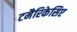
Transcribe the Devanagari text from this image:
टमैरिकेसिए